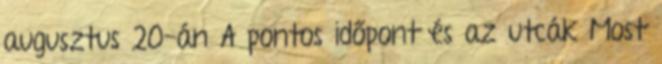
augusztus 20-án A pontos időpont és az utcák Most